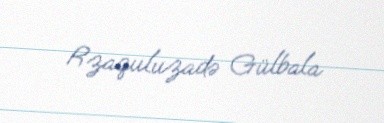
Rzaquluzadə Gülbala